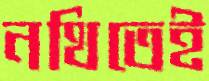
নথিতেই